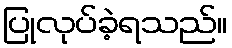
ပြုလုပ်ခဲ့ရသည်။